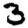
Digit: 3